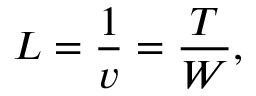
L = { \frac { 1 } { v } } = { \frac { T } { W } } ,